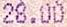
28.00